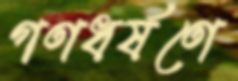
গণধর্ষণে